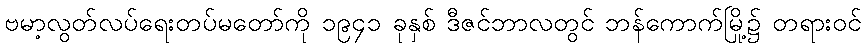
ဗမာ့လွတ်လပ်ရေးတပ်မတော်ကို ၁၉၄၁ ခုနှစ် ဒီဇင်ဘာလတွင် ဘန်ကောက်မြို့၌ တရားဝင်